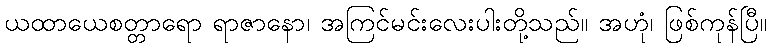
ယထာယေစတ္တာရော ရာဇာနော၊ အကြင်မင်းလေးပါးတို့သည်။ အဟုံ၊ ဖြစ်ကုန်ပြီ။